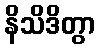
နိသိဒိတွာ